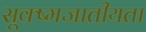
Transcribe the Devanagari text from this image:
सूक्ष्मजातीयता